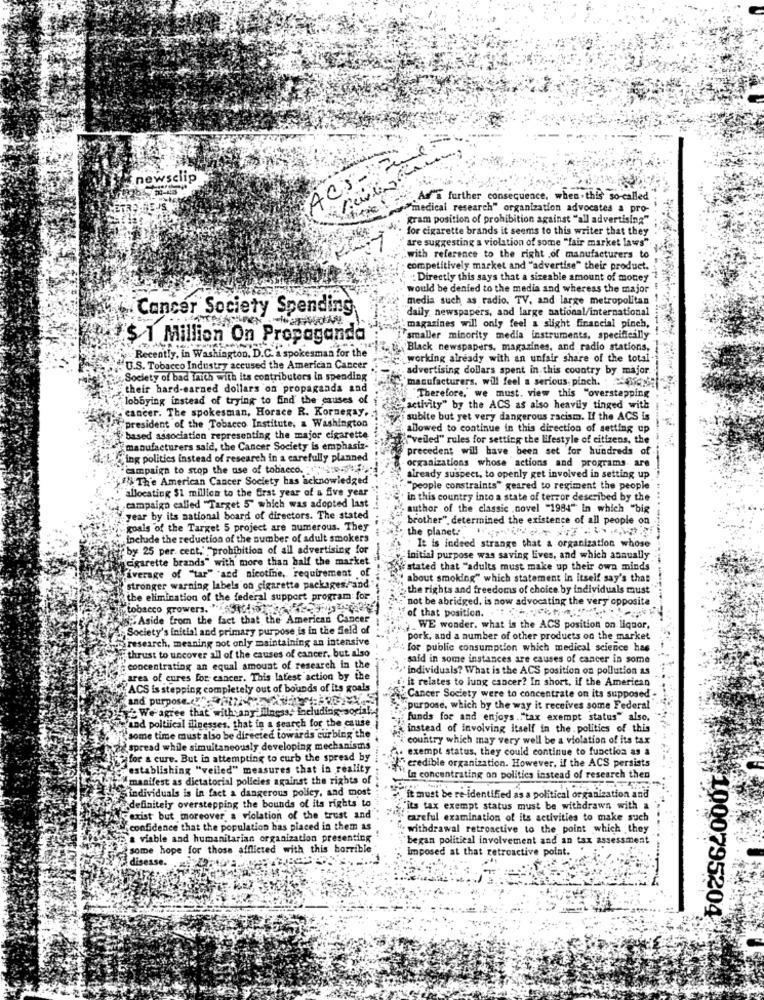
newsclip
" As"a further consequence, when .this so-called
"of"medical research" organization advocates a pro-
gram position of prohibition against "all advertising"
for cigarette brands it seems to this writer that they
"are suggesting a violation of some "fair market laws".
"with reference to the right .of manufacturers to
· competitively market and "advertise" their product.
: Directly this says that a sizeable amount of money "?
would be denied to the media and whereas the major !
media such as radio, TV, and large metropolitan
Cancer Society Spending,
daily newspapers, and large national/international
magazines will only feel a slight financial pinch,
$ 1 Million On Propaganda
Vsmaller minority media instruments, specifically
Black newspapers, magazines, and radio stations,
Recently, in Washington, D.C. a spokesman for the
working already with an unfair share of the total
U.S. Tobacco Industry accused the American Cancer
advertising dollars spent in this country by major.
Society of bad laith with its contributors in spending
manufacturers. will feel a serious, pinch.
their hard-earned dollars on propaganda and
lobbying instead of trying to find the causes of
Therefore," we must. view this "overstepping
cancer. The spokesman, Horsce R. Kornexay ..
activity" by the ACS as also heavily tinged with
subite but yet very dangerous racism. If the ACS is
"president of the Tobacco Institute, a Washington
allowed to continue in this direction of setting up
based association representing the major cigarette
""vedled" rules for setting the lifestyle of citizens, the
manufacturers said, the Cancer Society is emphasiz-
precedent will have been set for hundreds of
d. Ling politics instead of research in a carefully planned
campaign to stop the use of tobacco. . .
organizations whose actions and programs are
" Th'e American Cancer Society has acknowledged"
already suspect, to openly get involved in setting up
"allocating $1 million to the first year of a five year
"people constraints" geared to regiment the people
in this country into a state of terror described by the
campaign called "Target 5" which was adopted last
author of the classic ,novel "1984" in which "big
year by its national board of directors. The stated
brother" determined the existence of all people on
goals of the Target 5 project are numerous. They
the planet. """
include the reduction of the number of adult smokers
It is indeed strange that a organization whose
by 25 per cent. "prohibition of all advertising for
cigarette brands" with more than half the market
"Initial purpose was saving lives, and which annually
Vistated that "adults must make up their own minds"
Average of "tar" and nicotine, requirement of
, about smoking" which statement in Itself say's thas
stronger warning labels on cigarette packages,"and
the rights and freedoms of choice by Individuals must
the elimination of the federal support program for.
`not be abridged, is now advocating the very opposite
tobacco growers. "
.Aside from the fact that the American Cancer
of that position.
Society's initial and primary purpose is in the field of
WE wonder. what is the ACS position on liquor,
research, meaning not only maintaining an intensive
pork, and a number of other products on the market
"thrust to uncover all of the causes of cancer, but also
for public consumption which medical science has
said in some instances are causes of cancer in some
concentrating an equal amount of research in the
individuals? What is the ACS position on pollution as
area of cures for cancer. This latest action by the
it relates to lung cancer? In short, if the American
ACS is stepping completely out of bounds of its goals
and purpose."
Cancer Society were to concentrate on its supposed
Why We'agree that with any' Illness, includ
"purpose, which by the way it receives some Federal
"and poltiical ilinesses, that in a search for the cause.
funds for and enjoys ."tax exempt status" also,
instead of involving itself in the . politics of this
some time must also be directed towards curbing the
country which may very well be a violation of its tax
spread while simultaneously developing mechanisms
exempt status, they could continue to function as a
for a cure. But in attempting to curb the spread by
"establishing "veiled" measures that in reality
credible organization. However, if the ACS persists
"manifest as dictatorial policies against the rights of
In concentrating on politics instead of research then
individuals is in fact a dangerous policy, and most
it must be re identified as a political organization and
definitely overstepping the bounds of its rights to
"its tax exempt status must be withdrawn with a
cexist but moreover'a violation of the trust and
careful examination of its activities to make such
confidence that the population has placed in them as
withdrawal retroactive to the point which they
& viable and humanitarian organization presenting
'began political involvement and an tax assessment
some hope for those afflicted with this horrible
Imposed at that retroactive point.
F disease.
1000795204